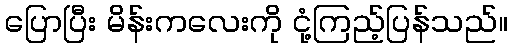
ပြောပြီး မိန်းကလေးကို ငုံ့ကြည့်ပြန်သည်။